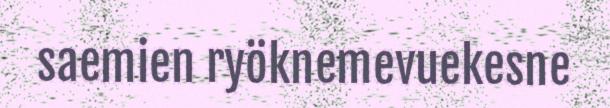
saemien ryöknemevuekesne